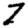
Digit: 7